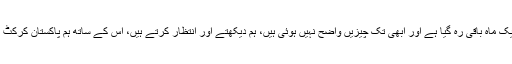
’’ پی ایس ایل کے فائنل میں صرف ایک ماہ باقی رہ گیا ہے اور ابھی تک چیزیں واضح نہیں ہوئی ہیں، ہم دیکھتے اور انتظار کرتے ہیں، اس کے ساتھ ہم پاکستان کرکٹ کی بہتری کے لئے بھی پراْمید ہیں‘‘۔